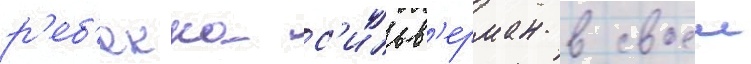
р'еб'екка с'ильв'ерман в своеи